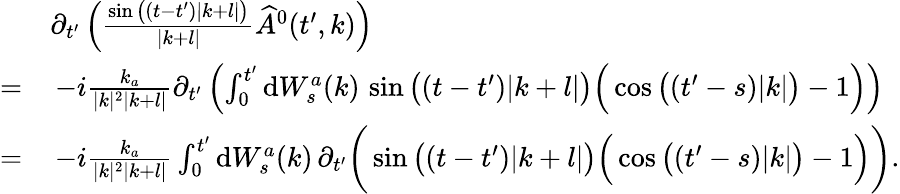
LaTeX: \begin{array}{rl}&{\partial_{t^{\prime}}\left(\frac{\sin\big((t-t^{\prime})|k+l|\big)}{|k+l|}\widehat{A}^{0}(t^{\prime},k)\right)}\\ {=}&{\, -i\frac{k_{a}}{|k|^{2}|k+l|}\partial_{t^{\prime}}\left(\int_{0}^{t^{\prime}}\mathrm{d}W_{s}^{a}(k)\, \sin\big((t-t^{\prime})|k+l|\big)\Big(\cos\big((t^{\prime}-s)|k|\big)-1\Big)\right)}\\ {=}&{\, -i\frac{k_{a}}{|k|^{2}|k+l|}\int_{0}^{t^{\prime}}\mathrm{d}W_{s}^{a}(k)\, \partial_{t^{\prime}}\bigg(\sin\big((t-t^{\prime})|k+l|\big)\Big(\cos\big((t^{\prime}-s)|k|\big)-1\Big)\bigg).}\end{array}